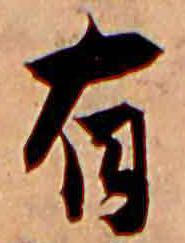
有